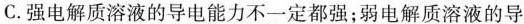
C.强电解质溶液的导电能力不一定都强；弱电解质溶液的导